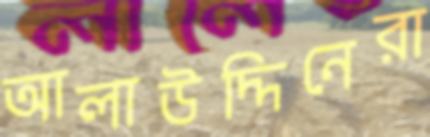
আলাউদ্দিনেরা